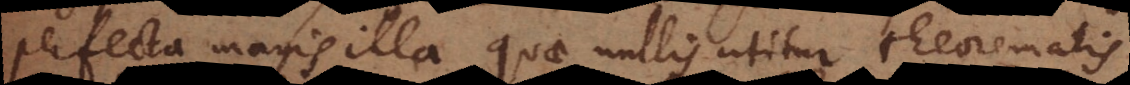
perfecta magis illa, quae nullis utitur theorematis